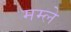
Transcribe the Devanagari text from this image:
मम्ले